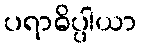
ပရာဓိပ္ပါယာ